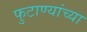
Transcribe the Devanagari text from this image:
फुटाण्यांच्या